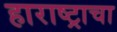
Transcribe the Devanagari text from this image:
हाराष्ट्राचा